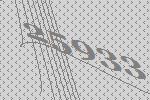
25933